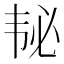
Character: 𱂅